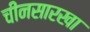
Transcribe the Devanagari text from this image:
चीनसारखा